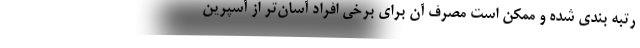
رتبه بندی شده و ممکن است مصرف آن برای برخی افراد آسان‌تر از آسپرین